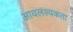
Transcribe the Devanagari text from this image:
आवलश्यकता